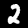
Digit: 2